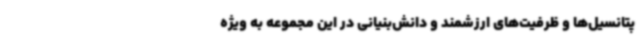
پتانسیل‌ها و ظرفیت‌های ارزشمند و دانش‌بنیانی در این مجموعه به ویژه